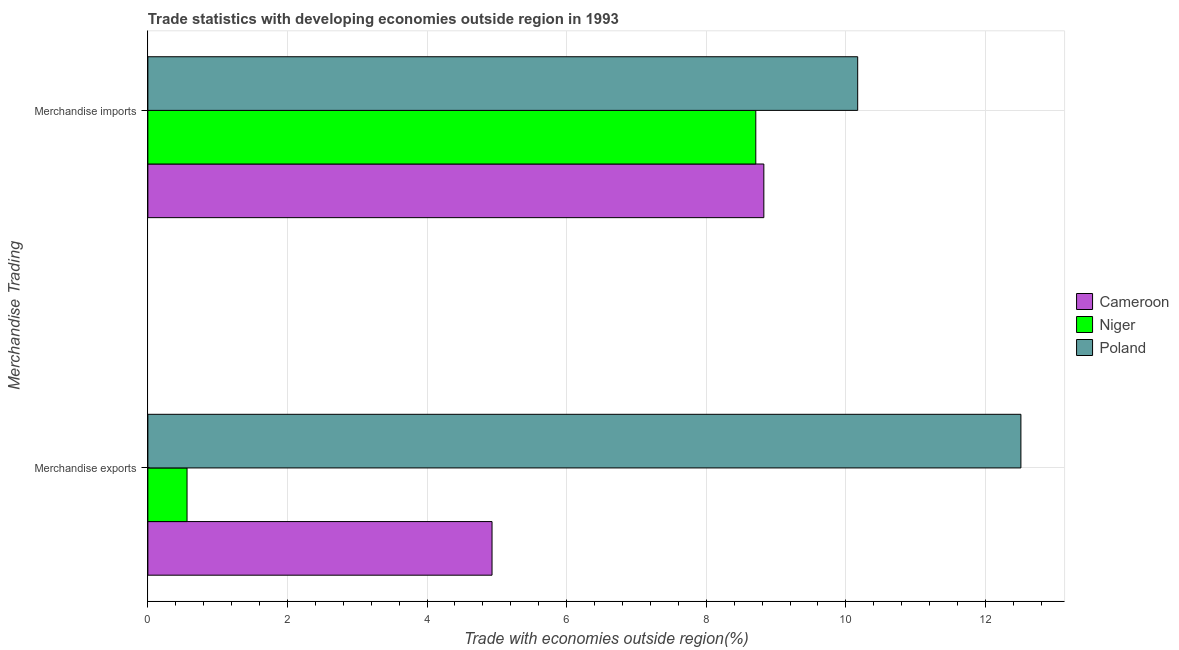
| Merchandise Trading | Cameroon | Niger | Poland |
 | --- | --- | --- | --- |
 | Merchandise exports | 4.93 | 0.561 | 12.5 |
 | Merchandise imports | 8.83 | 8.71 | 10.2 |